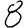
Digit: 8